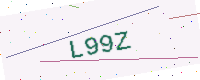
Text: L99Z